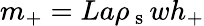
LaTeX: m_{+}=La\rho_{\mathrm{~s~}}wh_{+}